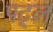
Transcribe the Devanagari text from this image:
पट्ल